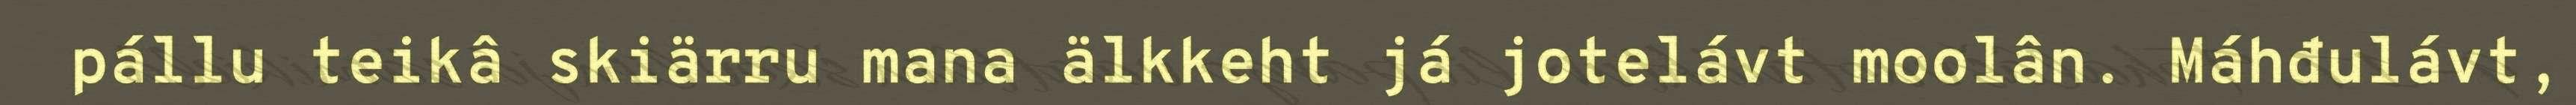
pállu teikâ skiärru mana älkkeht já jotelávt moolân. Máhđulávt,